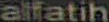
alfatih